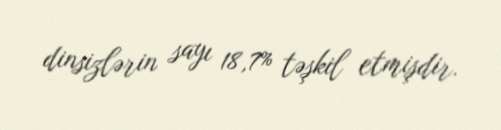
dinsizlərin sayı 18,7% təşkil etmişdir.